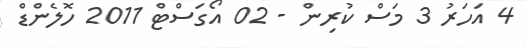
4 އަހަރު 3 މަސް ކުރިން - 02 އޯގަސްޓް 2011 ހޮލެންޑް